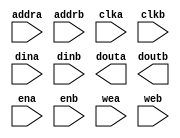
module dpsram_128x16(
	addra,
	addrb,
	clka,
	clkb,
	dina,
	dinb,
	douta,
	doutb,
	ena,
	enb,
	wea,
	web);


input [6 : 0] addra;
input [6 : 0] addrb;
input clka;
input clkb;
input [15 : 0] dina;
input [15 : 0] dinb;
output [15 : 0] douta;
output [15 : 0] doutb;
input ena;
input enb;
input wea;
input web;

// synthesis translate_off

      BLKMEMDP_V6_3 #(
		.c_addra_width(7),
		.c_addrb_width(7),
		.c_default_data("0"),
		.c_depth_a(128),
		.c_depth_b(128),
		.c_enable_rlocs(0),
		.c_has_default_data(1),
		.c_has_dina(1),
		.c_has_dinb(1),
		.c_has_douta(1),
		.c_has_doutb(1),
		.c_has_ena(1),
		.c_has_enb(1),
		.c_has_limit_data_pitch(0),
		.c_has_nda(0),
		.c_has_ndb(0),
		.c_has_rdya(0),
		.c_has_rdyb(0),
		.c_has_rfda(0),
		.c_has_rfdb(0),
		.c_has_sinita(0),
		.c_has_sinitb(0),
		.c_has_wea(1),
		.c_has_web(1),
		.c_limit_data_pitch(18),
		.c_mem_init_file("mif_file_16_1"),
		.c_pipe_stages_a(0),
		.c_pipe_stages_b(0),
		.c_reg_inputsa(0),
		.c_reg_inputsb(0),
		.c_sim_collision_check("NONE"),
		.c_sinita_value("0"),
		.c_sinitb_value("0"),
		.c_width_a(16),
		.c_width_b(16),
		.c_write_modea(2),
		.c_write_modeb(2),
		.c_ybottom_addr("0"),
		.c_yclka_is_rising(1),
		.c_yclkb_is_rising(1),
		.c_yena_is_high(0),
		.c_yenb_is_high(0),
		.c_yhierarchy("hierarchy1"),
		.c_ymake_bmm(0),
		.c_yprimitive_type("32kx1"),
		.c_ysinita_is_high(1),
		.c_ysinitb_is_high(1),
		.c_ytop_addr("1024"),
		.c_yuse_single_primitive(0),
		.c_ywea_is_high(0),
		.c_yweb_is_high(0),
		.c_yydisable_warnings(1))
	inst (
		.ADDRA(addra),
		.ADDRB(addrb),
		.CLKA(clka),
		.CLKB(clkb),
		.DINA(dina),
		.DINB(dinb),
		.DOUTA(douta),
		.DOUTB(doutb),
		.ENA(ena),
		.ENB(enb),
		.WEA(wea),
		.WEB(web),
		.NDA(),
		.NDB(),
		.RFDA(),
		.RFDB(),
		.RDYA(),
		.RDYB(),
		.SINITA(),
		.SINITB());


// synthesis translate_on

endmodule